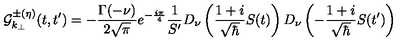
{ \cal { G } } _ { k _ { \perp } } ^ { \pm ( \eta ) } ( t , t ^ { \prime } ) = - { \frac { \Gamma ( - \nu ) } { 2 \sqrt { \pi } } } e ^ { - { \frac { i \pi } { 4 } } } { \frac { 1 } { S ^ { \prime } } } D _ { \nu } \left( { \frac { 1 + i } { \sqrt { \hbar } } } S ( t ) \right) D _ { \nu } \left( - { \frac { 1 + i } { \sqrt { \hbar } } } S ( t ^ { \prime } ) \right)